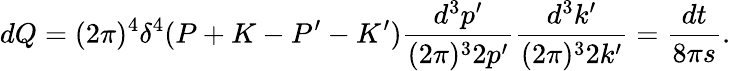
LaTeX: dQ=(2\pi)^{4}\delta^{4}(P+K-P^{\prime}-K^{\prime})\frac{d^{3}p^{\prime}}{(2\pi)^{3}2p^{\prime}}\frac{d^{3}k^{\prime}}{(2\pi)^{3}2k^{\prime}}=\frac{dt}{8\pi s}.